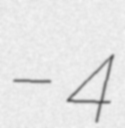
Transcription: – 4